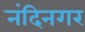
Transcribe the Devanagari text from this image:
नंदिनगर